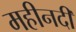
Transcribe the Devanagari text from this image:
महीनदी